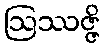
ဩဿဇ္ဇိ